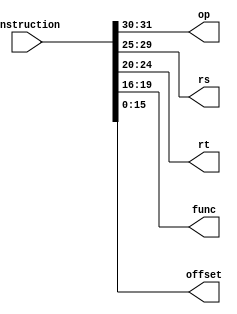
`timescale 1ns / 1ps
//////////////////////////////////////////////////////////////////////////////////
// Company: 
// Engineer: 
// 
// Design Name: 
// Module Name:    instructionDecoder 
// Project Name: 
// Target Devices: 
// Tool versions: 
// Description: 
//
// Dependencies: 
//
// Revision: 
// Revision 0.01 - File Created
// Additional Comments: 
//
//////////////////////////////////////////////////////////////////////////////////
module instructionDecoder(
    input wire [31:0] instruction,
    output wire [1:0] op,
    output wire [4:0] rs,
    output wire [4:0] rt,
    output wire [3:0] func,
    output wire [15:0] offset
    );

	assign {op,rs,rt,func,offset} = instruction;

endmodule